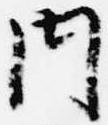
内